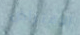
الافتراض